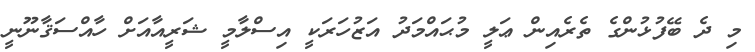
މި ދެ ބޭފުޅުންގެ ތެރެއިން ޢަލީ މުޙައްމަދު އަޒުހަރަކީ އިސްލާމީ ޝަރީއާއަށް ހާއްސަޤާނޫނީ